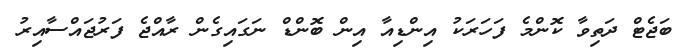
ބަޖެޓް ދަތިވާ ކޮންމެ ފަހަރަކު އިންޑިއާ އިން ބޮންޑް ނަގައިގެން ރާއްޖެ ފަރުޖައްސާއިރު